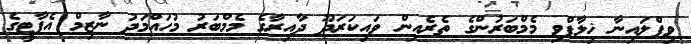
ވިޕްލައިނާ ޚިލާފްވި މެމްބަރުންގެ ތެރެއިން ވައިކަރަދޫ ދާއިރާގެ މެމްބަރު މުހައްމަދު ނާޒިމް އެޕާޓީގެ